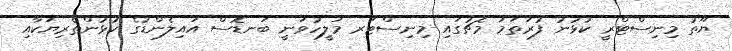
ޔޫތު މިނިސްޓްރީ ކުޅުނު ފުރަތަމަ މެޗުގައި މިނިސްޓަރ މަލީހުވަނީ ބަނޑޮސް އައިލެންޑުގެ ކުޅުންތެރިޔަކާއި